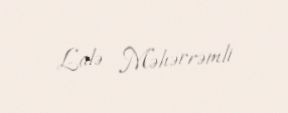
Lalə Məhərrəmli